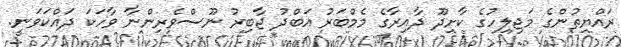
ރައްޔިތުންގެ މަޖިލިހުގެ ކާށިދޫ ދާއިރާގެ މެމްބަރު އަބްދު ޖާބިރު ނޫސްވެރިންނާ ވާހަކަ ދައްކަވަނީ.